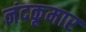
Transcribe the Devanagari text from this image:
नंदकूमार